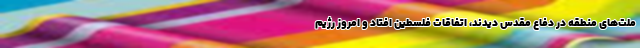
ملت‌های منطقه در دفاع مقدس دیدند، اتفاقات فلسطین افتاد و امروز رژیم